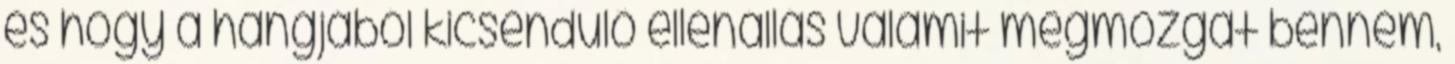
és hogy a hangjából kicsendülő ellenállás valamit megmozgat bennem,